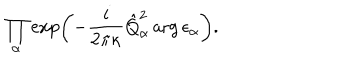
\prod _ { \alpha } \exp \left( - \frac { i } { 2 \pi \kappa } \hat { Q } _ { \alpha } ^ { 2 } \arg \epsilon _ { \alpha } \right) .